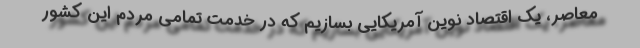
معاصر، یک اقتصاد نوین آمریکایی بسازیم که در خدمت تمامی مردم این کشور